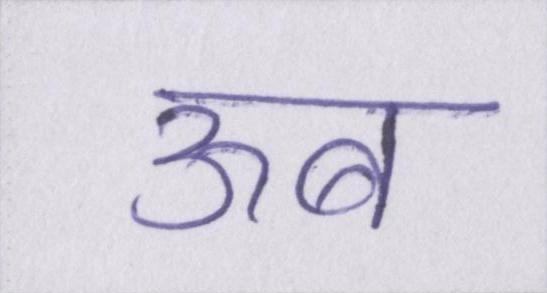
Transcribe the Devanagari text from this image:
ऊब